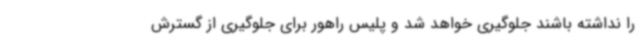
را نداشته باشند جلوگیری خواهد شد و پلیس راهور برای جلوگیری از گسترش